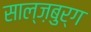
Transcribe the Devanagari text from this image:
साल्ज़बुर्ग